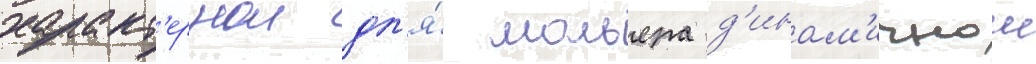
характ'ернои дл'я́ мольера д'инам'ичнои